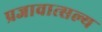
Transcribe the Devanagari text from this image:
प्रजावात्सल्य